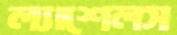
ল্যাশেলস